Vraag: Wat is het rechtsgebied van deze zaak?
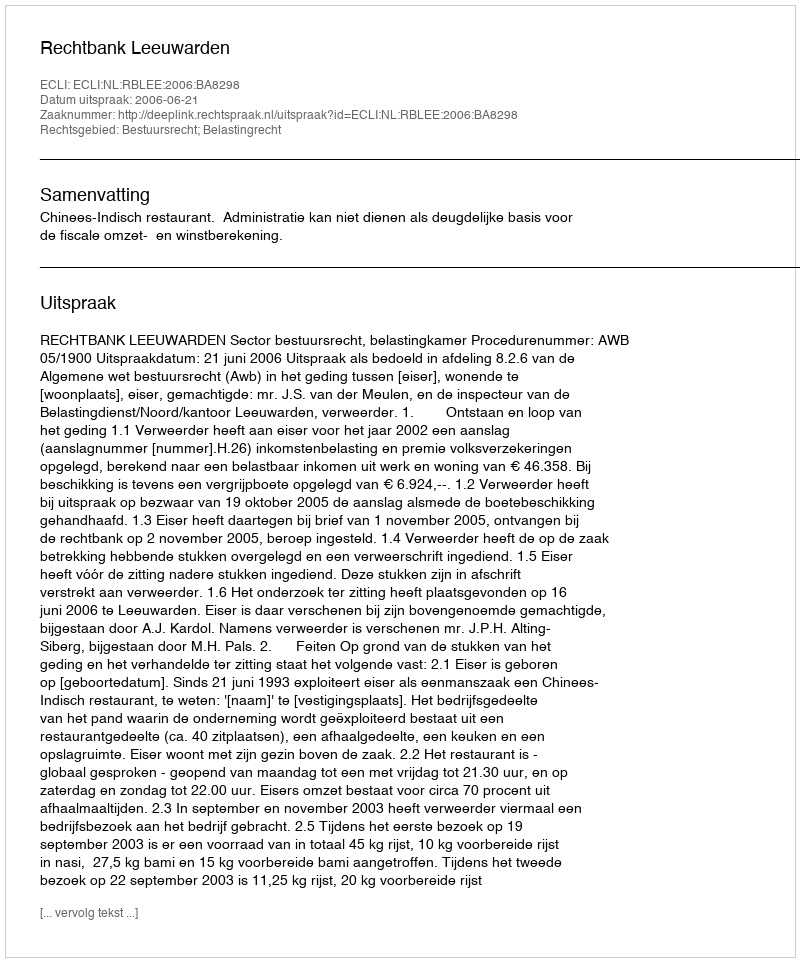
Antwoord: Bestuursrecht; Belastingrecht